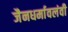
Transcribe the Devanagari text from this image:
जैनधर्मावलंवी